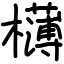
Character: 欂